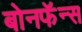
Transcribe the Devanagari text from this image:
बोनफॅन्स